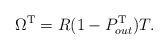
LaTeX: \begin{align*}\Omega^{\mathrm{T}} = R(1-P^{\mathrm{T}}_{out})T.\end{align*}